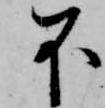
不